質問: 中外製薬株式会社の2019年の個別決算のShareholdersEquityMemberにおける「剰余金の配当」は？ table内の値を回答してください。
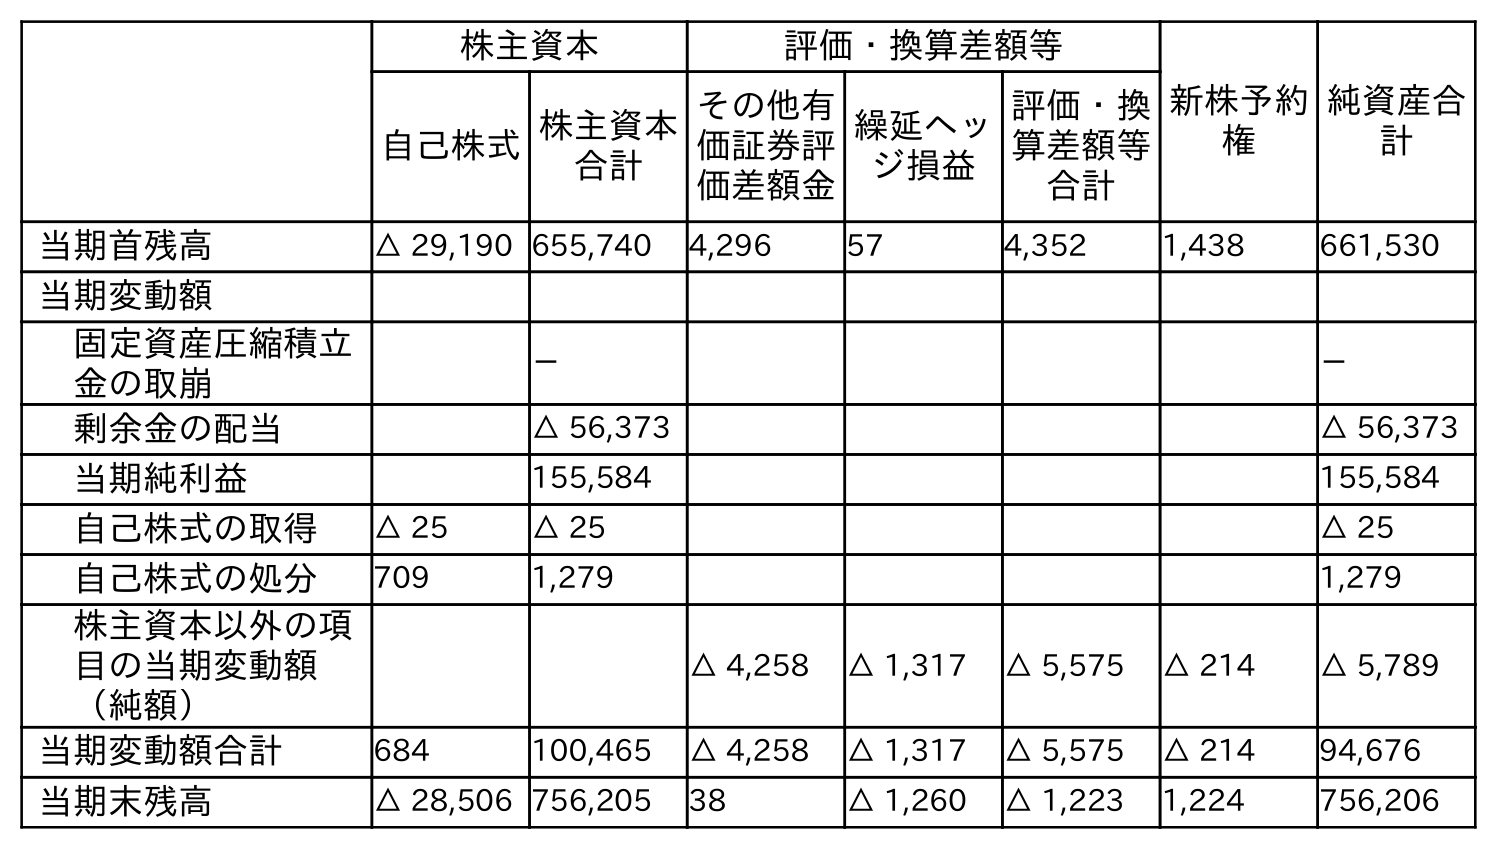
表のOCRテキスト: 株主資本 評価・換算差額等 新株予約 権 純資産合 計 自己株式株主資本 合計 その他有 価証券評 価差額金 繰延ヘッ ジ損益 評価・換 算差額等 合計 当期首残高 △ 29,190 655,740 4,296 57 4,352 1,438 661,530 当期変動額 固定資産圧縮積立 金の取崩 － － 剰余金の配当 △ 56,373 △ 56,373 当期純利益 155,584 155,584 自己株式の取得 △ 25 △ 25 △ 25 自己株式の処分 709 1,279 1,279 株主資本以外の項 目の当期変動額 （純額） △ 4,258 △ 1,317 △ 5,575 △ 214 △ 5,789 当期変動額合計 684 100,465 △ 4,258 △ 1,317 △ 5,575 △ 214 94,676 当期末残高 △ 28,506 756,205 38 △ 1,260 △ 1,223 1,224 756,206
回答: △56,373